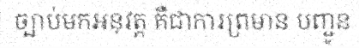
ច្បាប់មកអនុវត្ត គឺជាការព្រមាន បញ្ជូន